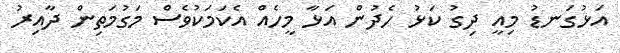
އަޅުގަނޑު މިއީ ދިގު ކަޅު ހެދުން އަޅާ މީހެއް އެކަމަކުވެސް މަގުމަތިން ދާއިރު